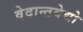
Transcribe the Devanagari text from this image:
वेदान्तवेद्यो